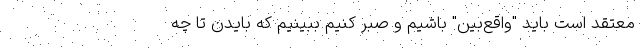
معتقد است باید "واقع‌بین" باشیم و صبر کنیم ببینیم که بایدن تا چه